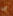
انا